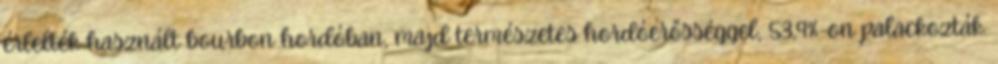
érlelték használt bourbon hordóban, majd természetes hordóerősséggel, 53,9%-on palackozták.